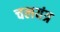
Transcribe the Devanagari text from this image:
चलयंत्र